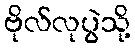
ဗိုလ်လုပွဲသို့